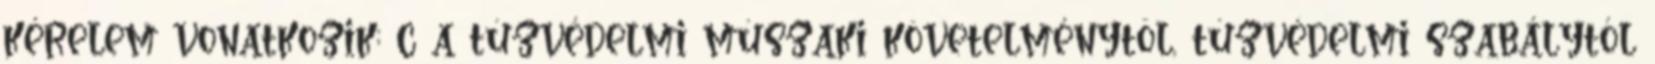
kérelem vonatkozik; c a tûzvédelmi mûszaki követelménytõl, tûzvédelmi szabálytól